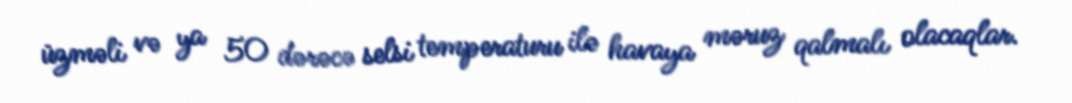
üzməli və ya 50 dərəcə selsi temperaturu ilə havaya məruz qalmalı olacaqlar.